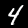
Digit: 4